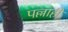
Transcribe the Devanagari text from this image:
पल्लाही